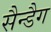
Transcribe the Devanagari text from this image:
सैन्डैग